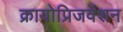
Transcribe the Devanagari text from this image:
क्रायोप्रिजर्वेशन